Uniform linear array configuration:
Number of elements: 12
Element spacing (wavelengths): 1
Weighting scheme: cosine
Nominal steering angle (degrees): -30
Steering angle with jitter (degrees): -28.846
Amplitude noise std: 0.05
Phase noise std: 0.05

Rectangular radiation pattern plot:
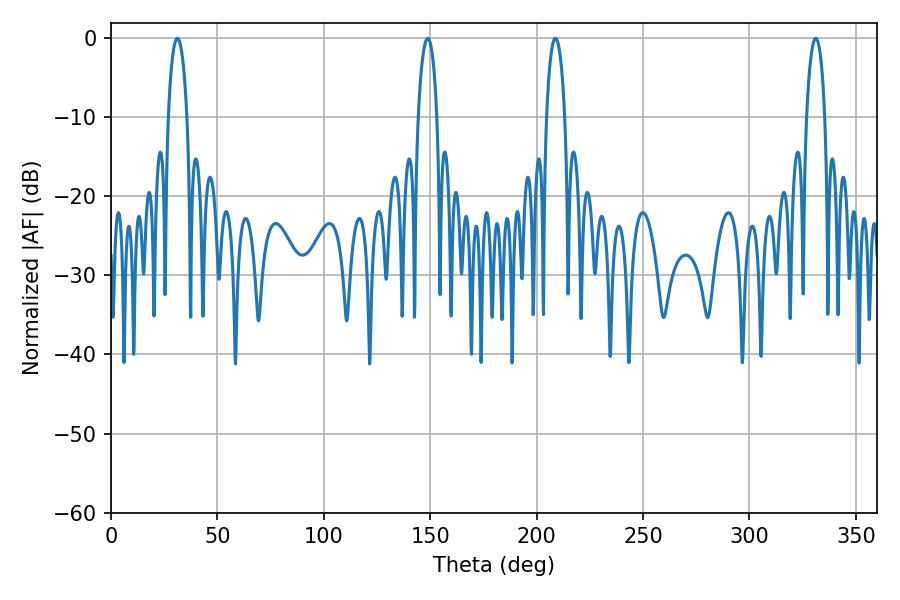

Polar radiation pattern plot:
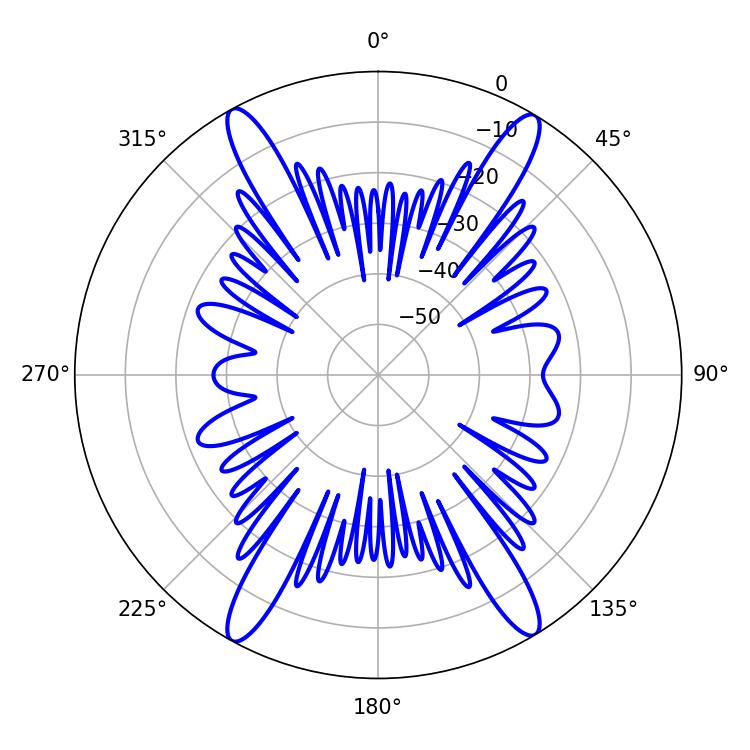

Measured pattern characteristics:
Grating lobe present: TRUE
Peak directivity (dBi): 23.062
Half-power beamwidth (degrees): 4.86
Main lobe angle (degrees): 208.8